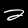
Label: 2